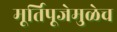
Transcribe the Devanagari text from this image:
मूर्तिपूजेमुळेच